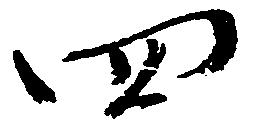
四